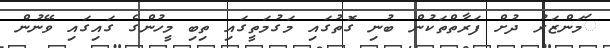
ަމަންޒަރު ދުށް ފަރާތްތަކުން ބުނި ގޮތުގައި މަގުމަތީގައި ތިބި މީހުންގެ ގައިގައި ވޭނުން